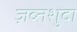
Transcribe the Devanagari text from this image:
ज़ब्तशुदा